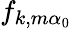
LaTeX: f_{k,m\alpha_{0}}